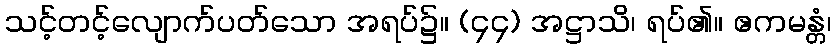
သင့်တင့်လျောက်ပတ်သော အရပ်၌။ (၄၄) အဋ္ဌာသိ၊ ရပ်၏။ ဧကမန္တံ၊